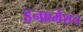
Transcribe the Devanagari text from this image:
इन्फ़र्मेशन